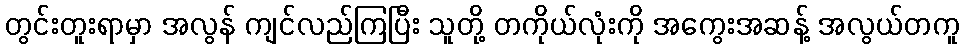
တွင်းတူးရာမှာ အလွန် ကျင်လည်ကြပြီး သူတို့ တကိုယ်လုံးကို အကွေးအဆန့် အလွယ်တကူ